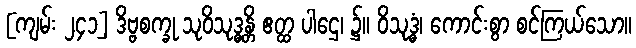
[ကျမ်း ၂၄၁] ဒိဗ္ဗစက္ခု သုဝိသုဒ္ဓန္တိ ဧတ္ထ ပါဌေ၊ ၌။ ဝိသုဒ္ဓံ၊ ကောင်းစွာ စင်ကြယ်သော။